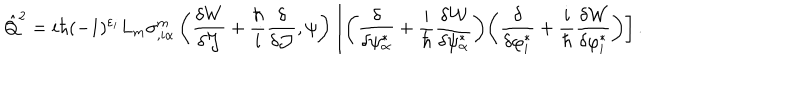
\hat { Q } ^ { 2 } = i \hbar ( - 1 ) ^ { \varepsilon _ { i } } L _ { m } \sigma _ { , i \alpha } ^ { m } \left( \frac { \delta W } { \delta { \cal J } } + \frac { \hbar } { i } \frac { \delta } { \delta { \cal J } } , \psi \right) \left[ \left( \frac { \delta } { \delta \psi _ { \alpha } ^ { * } } + \frac { i } { \hbar } \frac { \delta { \cal W } } { { \delta \psi _ { \alpha } ^ { * } } } \right) \! \left( \frac { \delta } { \delta \varphi _ { i } ^ { * } } + \frac { i } { \hbar } \frac { \delta { \cal W } } { { \delta \varphi _ { i } ^ { * } } } \right) \right] .